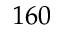
1 6 0